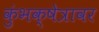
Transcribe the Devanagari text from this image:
कुंभक्षेत्रावर